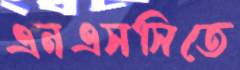
এনএসসিতে